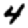
Digit: 4